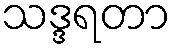
သဒ္ဒရတာ